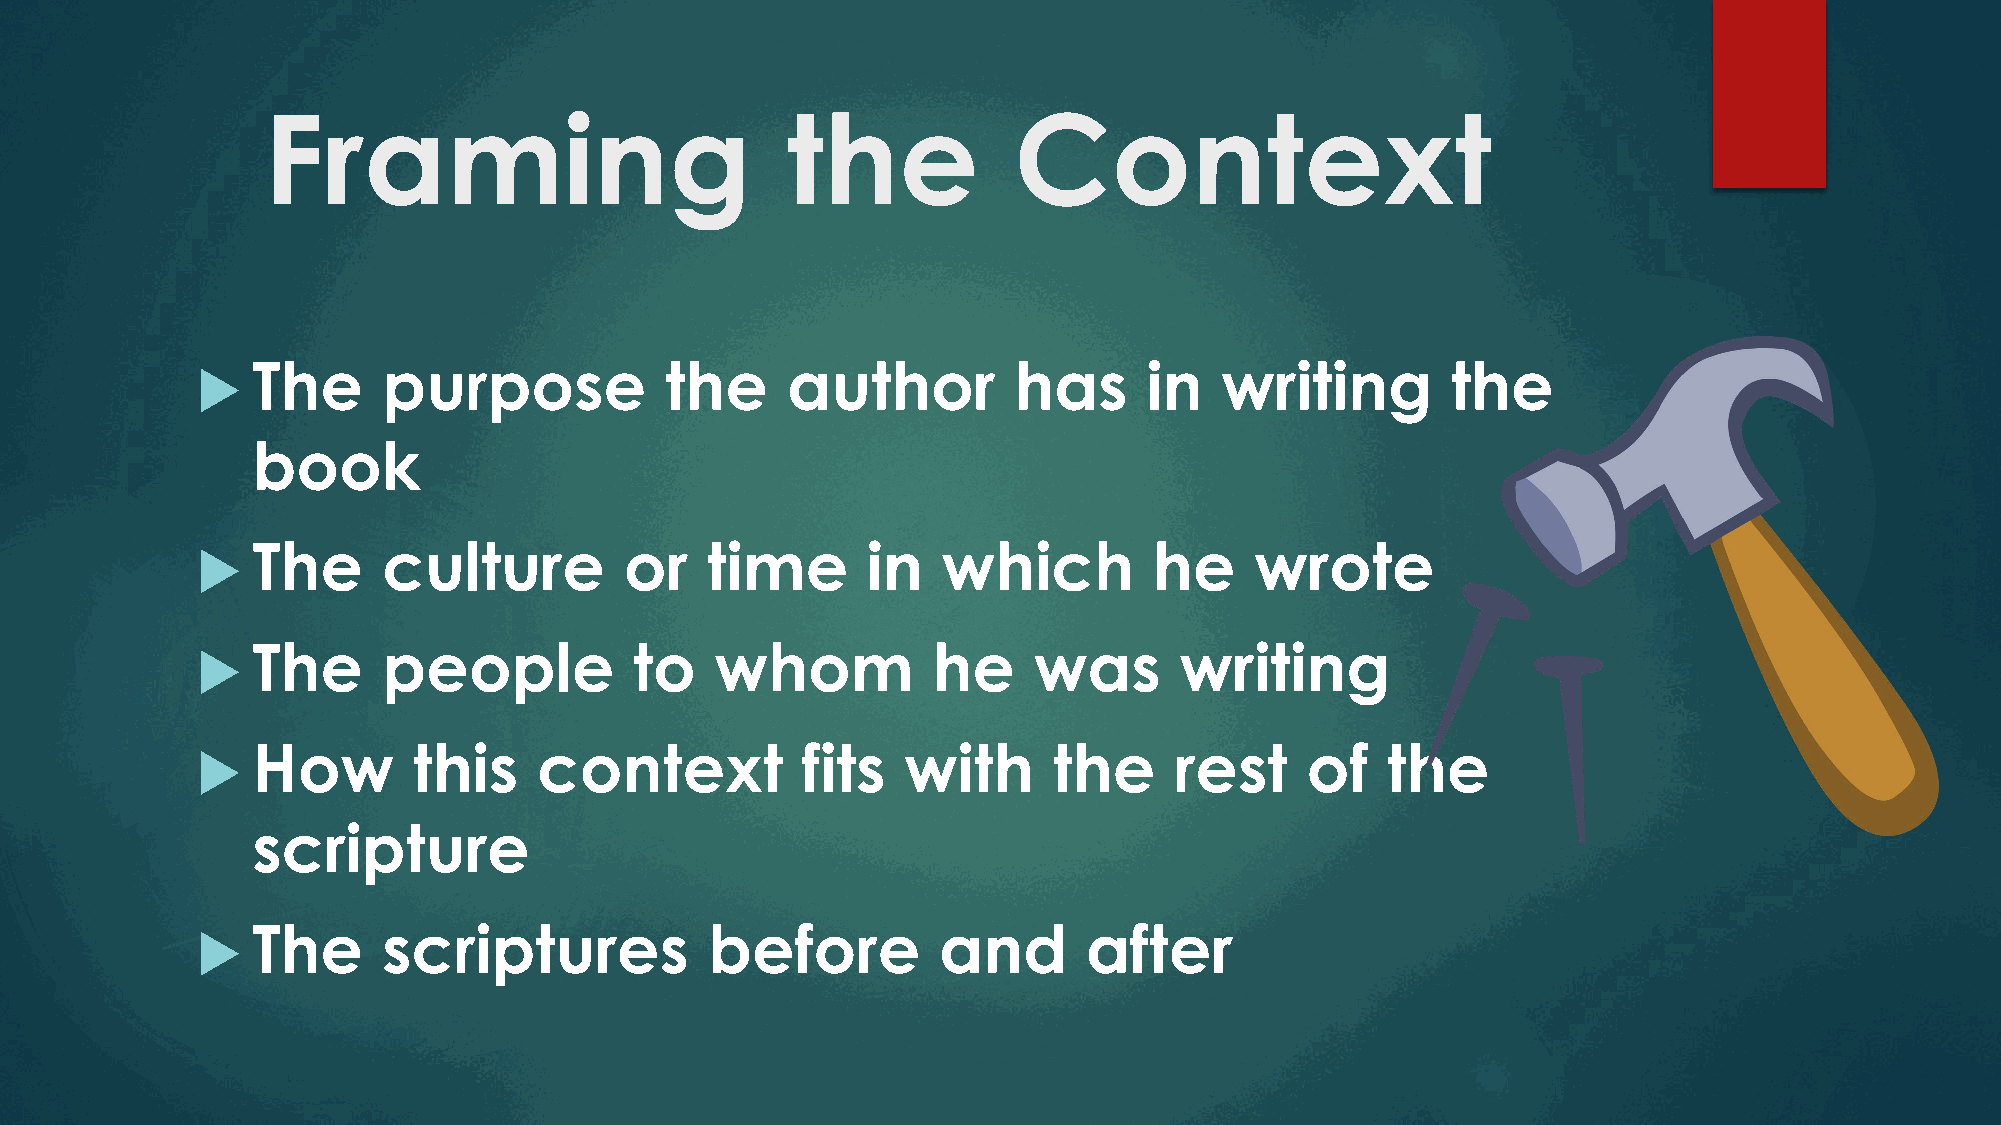
Framing                            the            Context
    The     purpose            the     author         has      in   writing        the
 book
    The     culture         or    time      in   which         he     wrote
    The     people           to   whom           he    was       writing
    How       this     context          fits   with      the     rest    of    the
 scripture
    The     scriptures            before         and       after